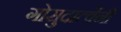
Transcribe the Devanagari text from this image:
गोसुदार्त्वेनी